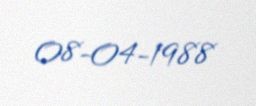
08-04-1988